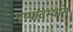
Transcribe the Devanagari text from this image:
गप्पांदर्म्यान